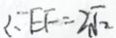
E F = 2 \sqrt { 2 }